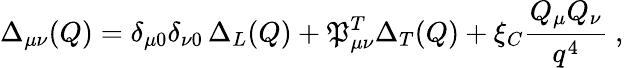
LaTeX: \Delta_{\mu\nu}(Q)=\delta_{\mu0}\delta_{\nu0}\, \Delta_{L}(Q)+{\cal\mathfrak{P}}_{\mu\nu}^{T}\Delta_{T}(Q)+\xi_{C}\frac{{Q_{\mu}Q_{\nu}}}{{q^{4}}}\ ,